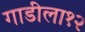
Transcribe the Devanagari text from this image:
गाडीला१२